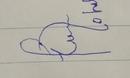
Signature authenticity: forged